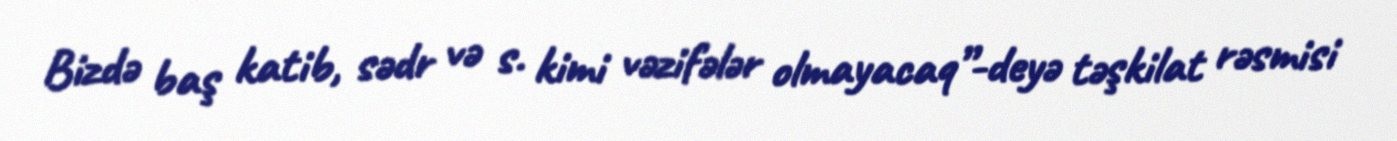
Bizdə baş katib, sədr və s. kimi vəzifələr olmayacaq”-deyə təşkilat rəsmisi